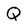
Character: Q